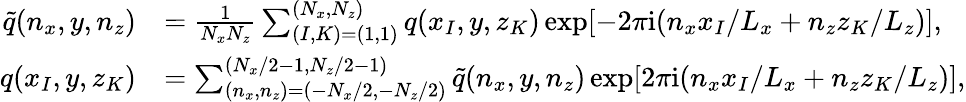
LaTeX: \begin{array}{rl}{\tilde{q}(n_{x},y,n_{z})}&{=\frac{1}{N_{x}N_{z}}\sum_{(I,K)=(1,1)}^{(N_{x},N_{z})}q(x_{I},y,z_{K})\exp[-2\pi\mathrm{i}(n_{x}x_{I}/L_{x}+n_{z}z_{K}/L_{z})],}\\ {q(x_{I},y,z_{K})}&{=\sum_{(n_{x},n_{z})=(-N_{x}/2,-N_{z}/2)}^{(N_{x}/2-1,N_{z}/2-1)}\tilde{q}(n_{x},y,n_{z})\exp[2\pi\mathrm{i}(n_{x}x_{I}/L_{x}+n_{z}z_{K}/L_{z})],}\end{array}